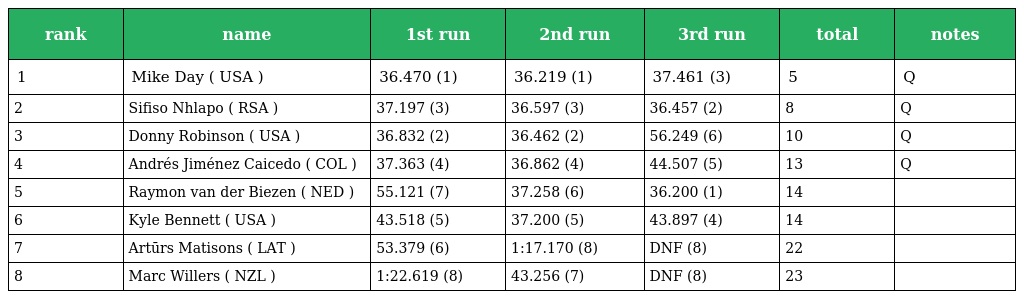
| rank | name | 1st run | 2nd run | 3rd run | total | notes |
 | --- | --- | --- | --- | --- | --- | --- |
 | 1 | Mike Day ( USA ) | 36.470 (1) | 36.219 (1) | 37.461 (3) | 5 | Q |
 | 2 | Sifiso Nhlapo ( RSA ) | 37.197 (3) | 36.597 (3) | 36.457 (2) | 8 | Q |
 | 3 | Donny Robinson ( USA ) | 36.832 (2) | 36.462 (2) | 56.249 (6) | 10 | Q |
 | 4 | Andrés Jiménez Caicedo ( COL ) | 37.363 (4) | 36.862 (4) | 44.507 (5) | 13 | Q |
 | 5 | Raymon van der Biezen ( NED ) | 55.121 (7) | 37.258 (6) | 36.200 (1) | 14 |  |
 | 6 | Kyle Bennett ( USA ) | 43.518 (5) | 37.200 (5) | 43.897 (4) | 14 |  |
 | 7 | Artūrs Matisons ( LAT ) | 53.379 (6) | 1:17.170 (8) | DNF (8) | 22 |  |
 | 8 | Marc Willers ( NZL ) | 1:22.619 (8) | 43.256 (7) | DNF (8) | 23 |  |